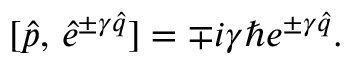
[ \hat { p } , \, \hat { e } ^ { \pm \gamma \hat { q } } ] = \mp i \gamma \hbar e ^ { \pm \gamma \hat { q } } .